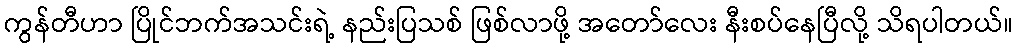
ကွန်တီဟာ ပြိုင်ဘက်အသင်းရဲ့ နည်းပြသစ် ဖြစ်လာဖို့ အတော်လေး နီးစပ်နေပြီလို့ သိရပါတယ်။